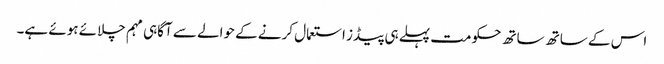
اس کے ساتھ ساتھ حکومت پہلے ہی پیڈز استعمال کرنے کے حوالے سے آگاہی مہم چلائے ہوئے ہے۔